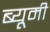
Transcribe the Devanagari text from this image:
ब्यूमी